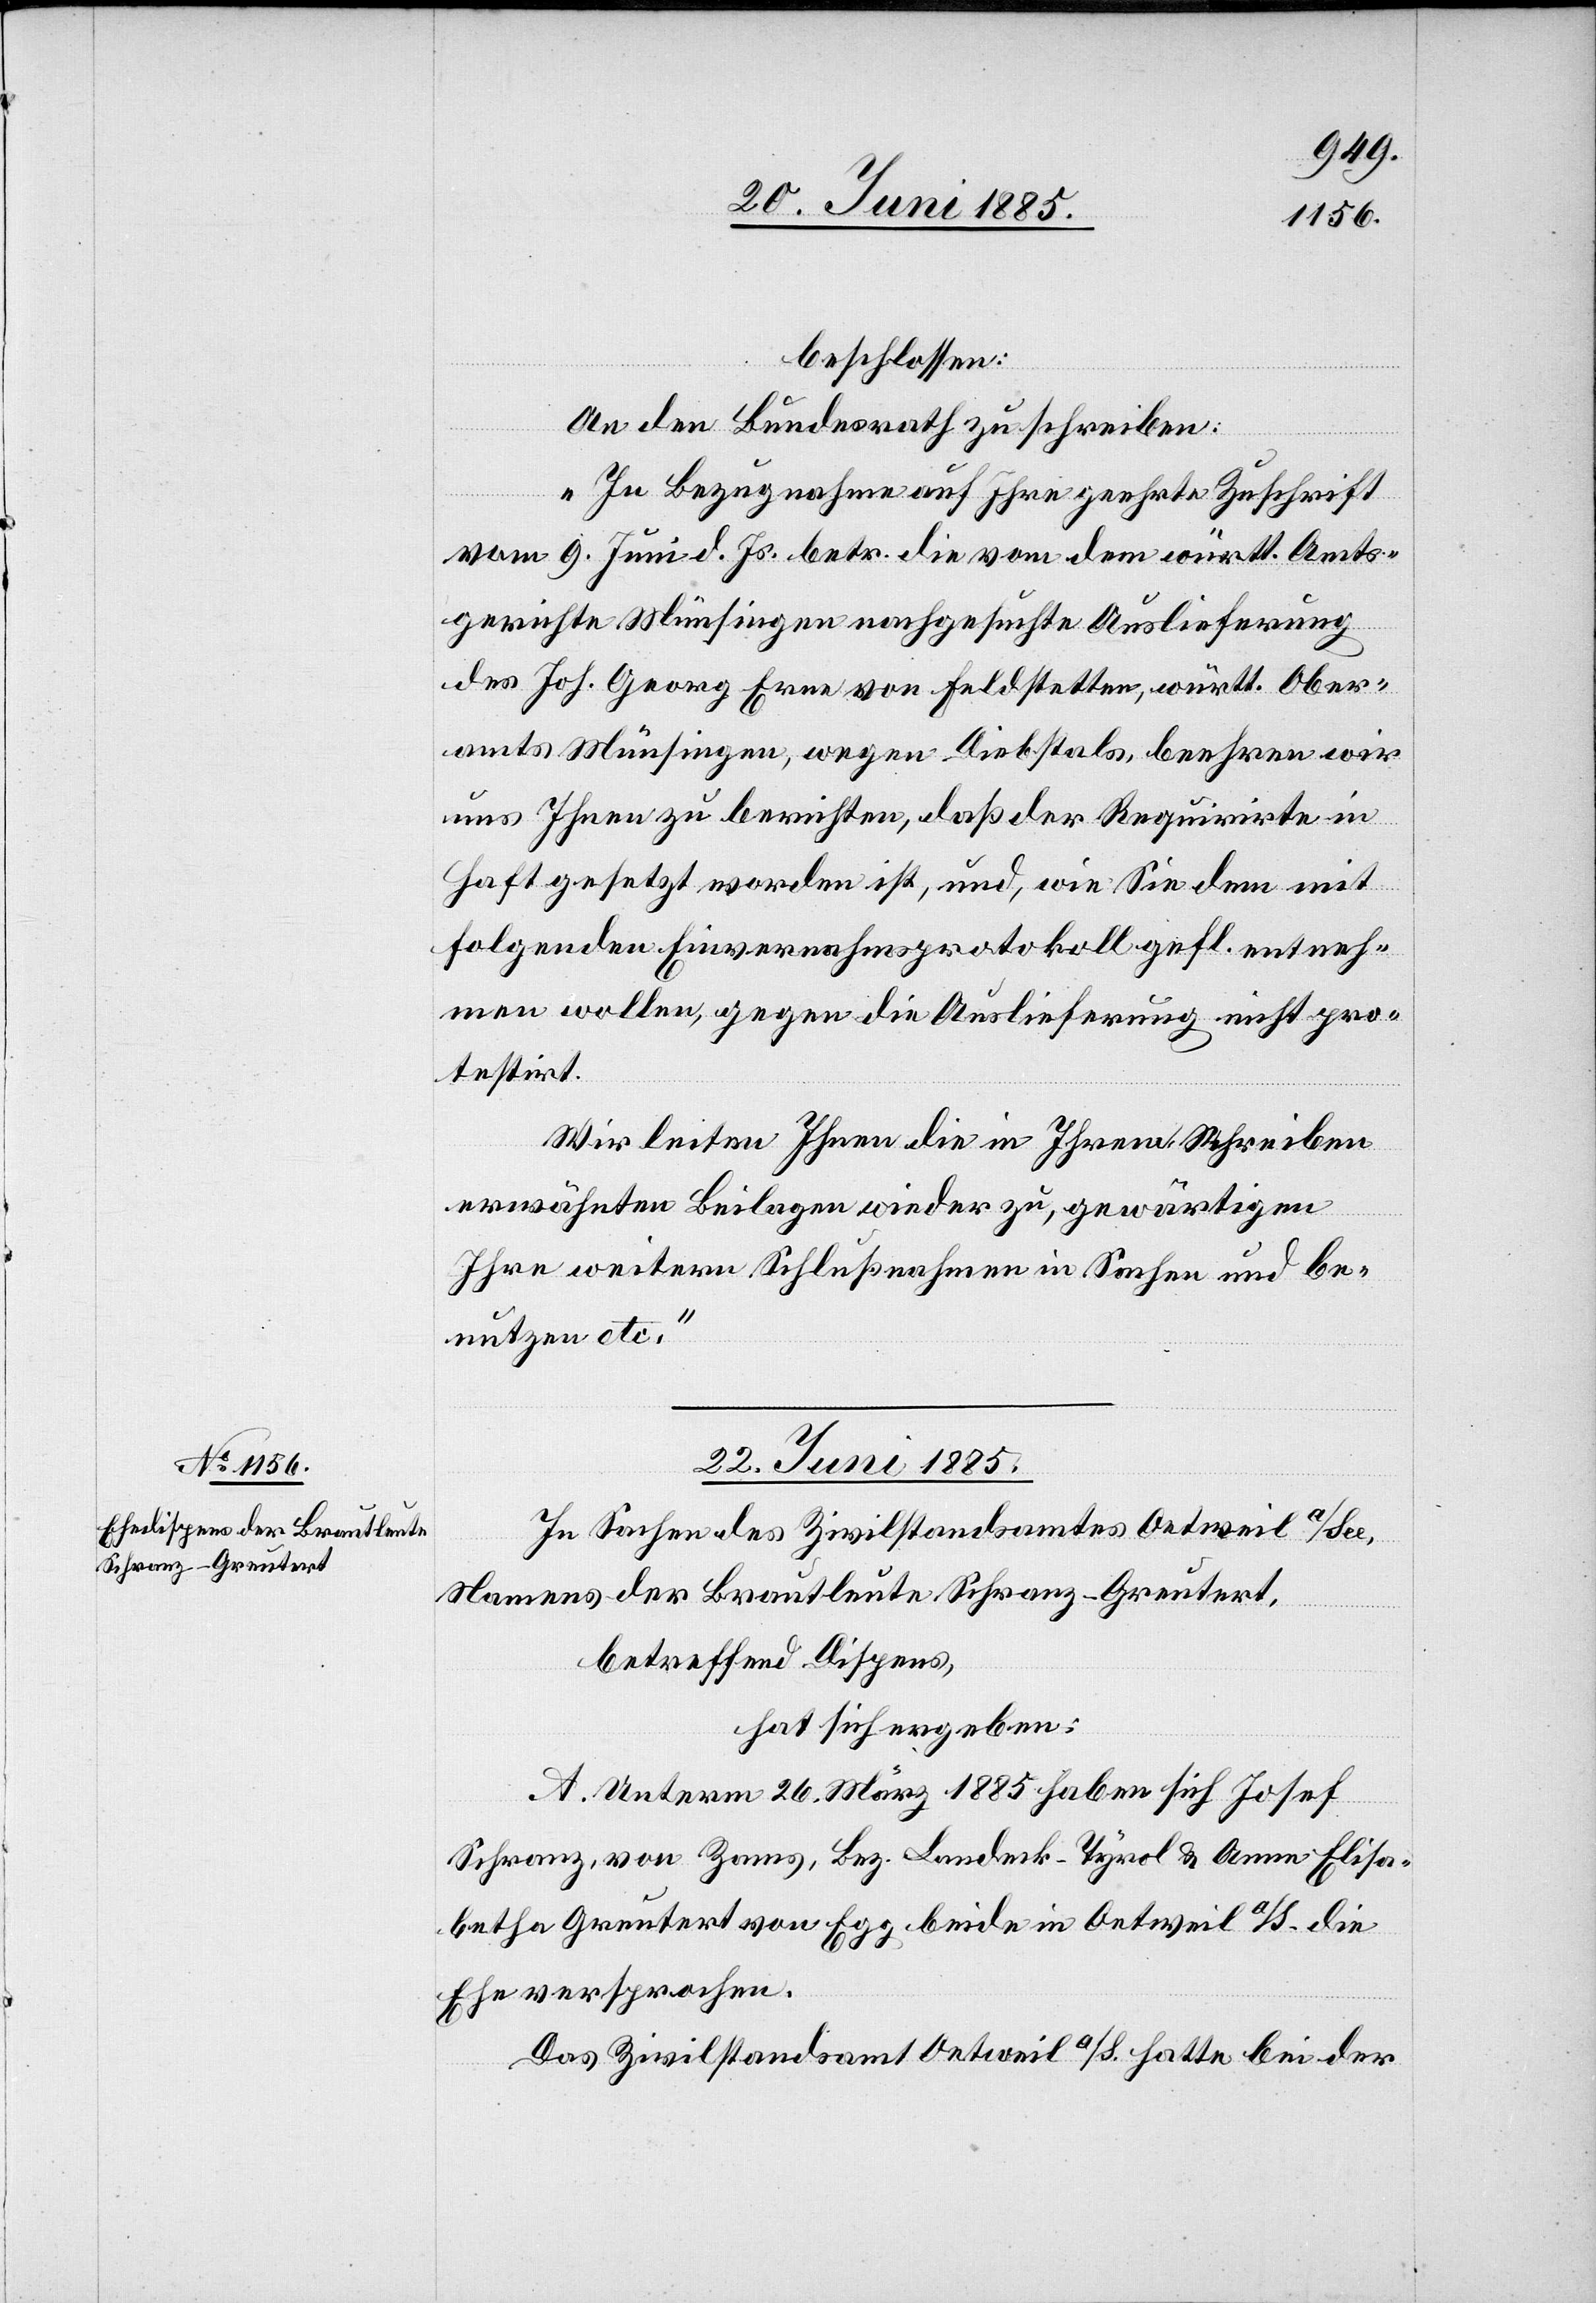
beschlossen:
An den Bundesrath zu schreiben:
„In Bezugnahme auf Ihre geehrte Zuschrift
vom 9. Juni d. Js. betr. die von dem württ. Amts¬
gerichte Münsingen nachgesuchte Auslieferung
des Joh. Georg Erne von Feldstetten, württ. Ober¬
amtes Münsingen, wegen Diebstals, beehren wir
uns Ihnen zu berichten, daß der Requirirte in
Haft gesetzt worden ist, und, wie Sie dem mit¬
folgenden Einvernahmsprotokoll gefl. entneh¬
men wollen, gegen die Auslieferung nicht pro¬
testirt.
Wir leiten Ihnen die in Ihrem Schreiben
erwähnten Beilagen wieder zu, gewärtigen
Ihre weitern Schlußnahmen in Sachen und be¬
nutzen etc.“
22. Juni 1885.
In Sachen des Zivilstandsamtes Oetweil a/See,
Namens der Brautleute Schranz-Greutert,
betreffend Dispens,
hat sich ergeben:
A. Unterm 26. März 1885 haben sich Josef
Schranz, von Zams, Bez. Landeck - Tyrol & Anna Elisa¬
betha Greutert von Egg beide in Oetweil a/S. die
Ehe versprochen.
Das Zivilstandsamt Oetweil a/S. hatte bei der